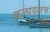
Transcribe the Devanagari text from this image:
कल्पवृक्षच